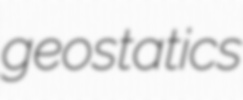
geostatics